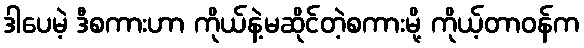
ဒါပေမဲ့ ဒီစကားဟာ ကိုယ်နဲ့မဆိုင်တဲ့စကားမို့ ကိုယ့်တာဝန်က